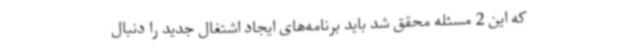
که این 2 مسئله محقق شد باید برنامه‌های ایجاد اشتغال جدید را دنبال